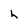
Character: h